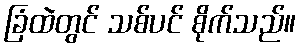
ခြံထဲတွင် သစ်ပင် စိုက်သည်။